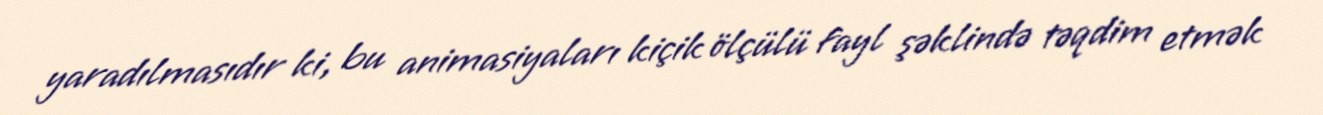
yaradılmasıdır ki, bu animasiyaları kiçik ölçülü fayl şəklində təqdim etmək